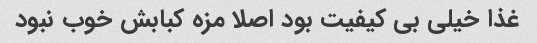
غذا خیلی بی کیفیت بود اصلا مزه کبابش خوب نبود